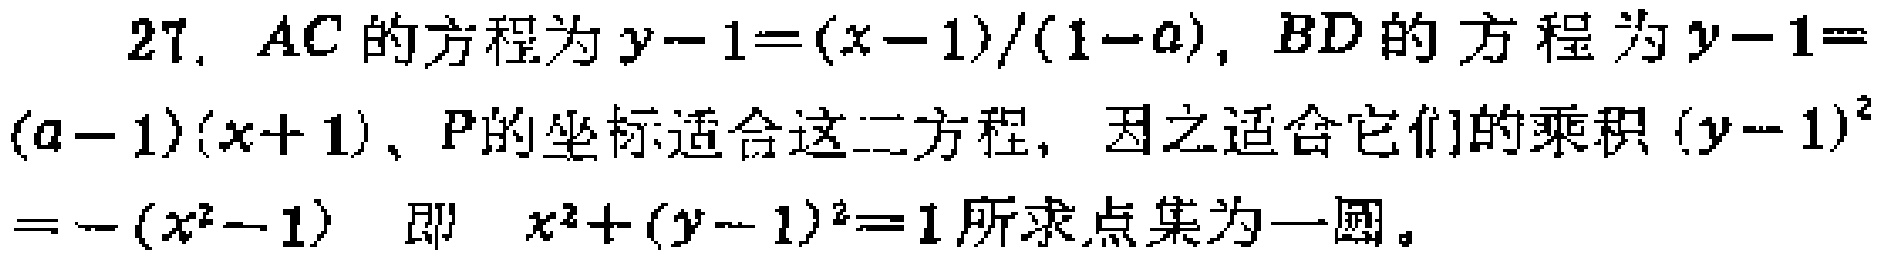
27. \(AC\)的方程为\(y - 1 = \frac{x - 1}{1 - a}\)，\(BD\)的方程为\(y - 1 = (a - 1)(x + 1)\)，\(P\)的坐标适合这二方程，因之适合它们的乘积\((y - 1)^2 = -(x^2 - 1)\) 即 \(x^2 + (y - 1)^2 = 1\)所求点集为一圆。